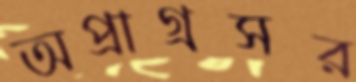
অপ্রাগ্রসর